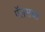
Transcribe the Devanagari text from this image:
पॅलसचा